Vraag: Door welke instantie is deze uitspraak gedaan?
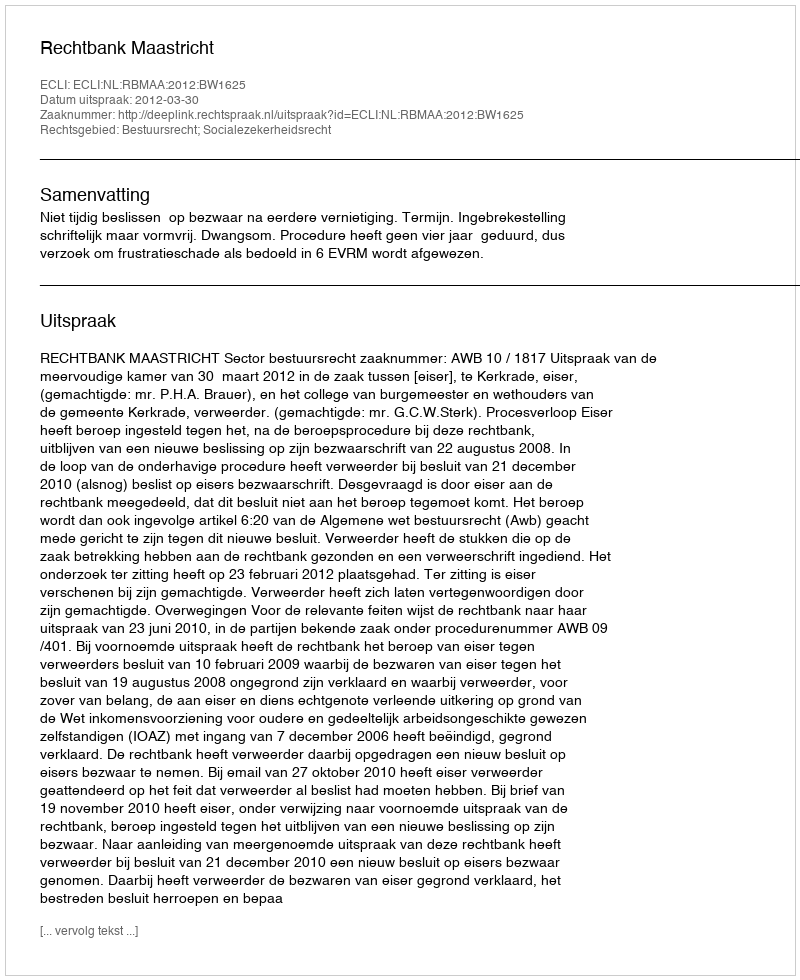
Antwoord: Rechtbank Maastricht